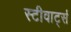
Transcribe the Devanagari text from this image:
स्टीवार्ट्स